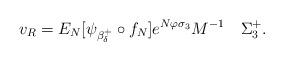
LaTeX: \begin{align*}v_R=E_N [\psi_{\beta_{\delta}^+}\circ f_N] e^{N\varphi \sigma_3}M^{-1}\quad\Sigma_3^+.\end{align*}